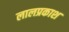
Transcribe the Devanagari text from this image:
लालप्रकाश